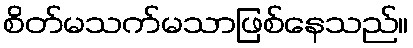
စိတ်မသက်မသာဖြစ်နေသည်။